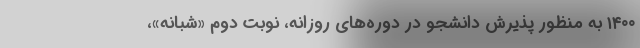
۱۴۰۰ به منظور پذیرش دانشجو در دوره‌های روزانه، نوبت دوم «شبانه»،